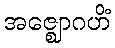
အဇ္ဈောဂဟိံ